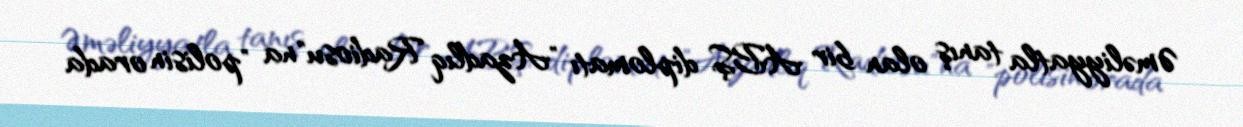
Əməliyyatla tanış olan bir ABŞ diplomatı "Azadlıq Radiosu"na "polisin orada